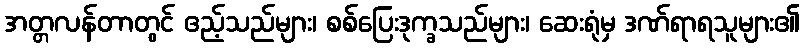
အတ္တလန်တာတွင် ဧည့်သည်များ၊ စစ်ပြေးဒုက္ခသည်များ၊ ဆေးရုံမှ ဒဏ်ရာရသူများ၏